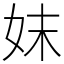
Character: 妺